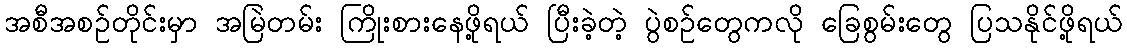
အစီအစဉ်တိုင်းမှာ အမြဲတမ်း ကြိုးစားနေဖို့ရယ် ပြီးခဲ့တဲ့ ပွဲစဉ်တွေကလို ခြေစွမ်းတွေ ပြသနိုင်ဖို့ရယ်